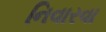
નિવારવા